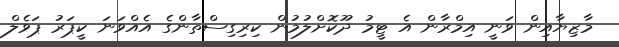
މާޒިޔާއިން ވަނީ އިމްރާން އެ ޓީމު ދޫކޮށްލުމުން ކިރިގިސްތާންގެ އެއްވަނަ ކީޕަރު ޕަވެލް